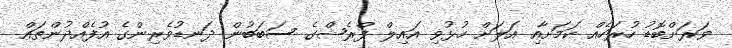
ވަރަށްބޮޑު ހުރަހެއް ކަމަށާއި އަލަށް ހުޅުވި އައިލް ފްރެޝްގެ ސަބަބުން ދަނޑުވެރިންގެ އުފެއްދުންތައް